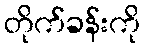
တိုက်ခန်းကို